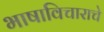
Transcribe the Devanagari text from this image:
भाषाविचाराचे